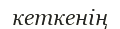
кеткенің